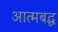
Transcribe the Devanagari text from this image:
आत्मबद्ध